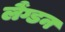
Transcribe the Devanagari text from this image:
लैंग्डन